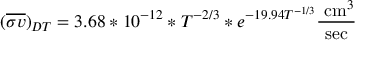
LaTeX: ( { \overline { { \sigma v } } } ) _ { D T } = 3 . 6 8 * 1 0 ^ { - 1 2 } * T ^ { - 2 / 3 } * e ^ { - 1 9 . 9 4 T ^ { - 1 / 3 } } { \frac { { \mathrm { ~ c m } } ^ { 3 } } { \mathrm { s e c } } }